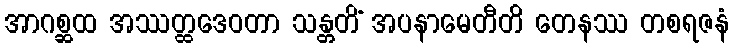
အာဂစ္ဆထ အဿတ္ထဒေဝတာ သန္တတိံ အပနာမေတီတိ တေနဿ တစရဇနံ